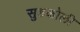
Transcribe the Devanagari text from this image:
सुडकोली